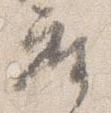
座